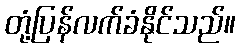
တုံ့ပြန်လက်ခံနိုင်သည်။